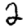
Digit: 2